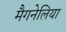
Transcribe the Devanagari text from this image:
मैगनेलिया